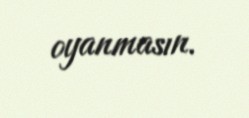
oyanmasın.